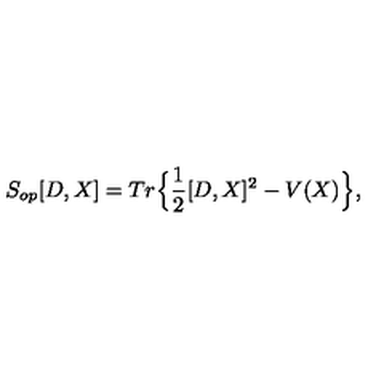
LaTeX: S _ { o p } [ D , X ] = T r \Big \{ \frac { 1 } { 2 } [ D , X ] ^ { 2 } - V ( X ) \Big \} ,